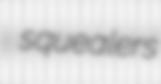
squealers